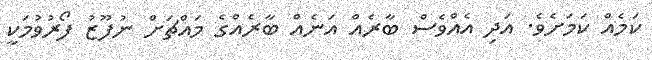
ކަމެއް ކަމަށެވެ. އަދި އެއްވެސް ބާރެއް އަނެއް ބާރެއްގެ މައްޗަށް ނުފޫޒު ފޯރުވުމަކީ